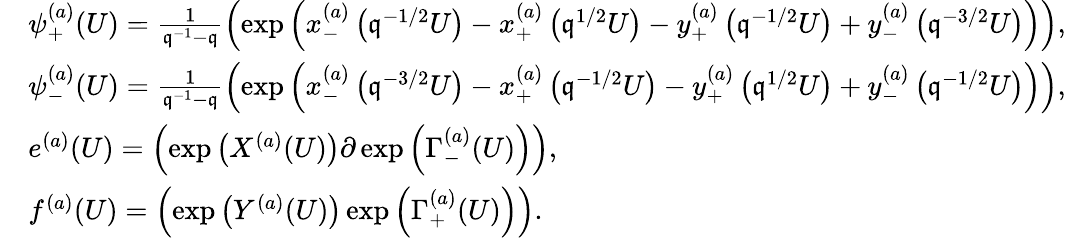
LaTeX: \begin{array}{rl}&{\psi_{+}^{(a)}(U)=\frac{1}{\mathfrak{q}^{-1}-\mathfrak{q}}\left(\exp\left(x_{-}^{(a)}\left(\mathfrak{q}^{-1/2}U\right)-x_{+}^{(a)}\left(\mathfrak{q}^{1/2}U\right)-y_{+}^{(a)}\left(\mathfrak{q}^{-1/2}U\right)+y_{-}^{(a)}\left(\mathfrak{q}^{-3/2}U\right)\right)\right),}\\ &{\psi_{-}^{(a)}(U)=\frac{1}{\mathfrak{q}^{-1}-\mathfrak{q}}\left(\exp\left(x_{-}^{(a)}\left(\mathfrak{q}^{-3/2}U\right)-x_{+}^{(a)}\left(\mathfrak{q}^{-1/2}U\right)-y_{+}^{(a)}\left(\mathfrak{q}^{1/2}U\right)+y_{-}^{(a)}\left(\mathfrak{q}^{-1/2}U\right)\right)\right),}\\ &{e^{(a)}(U)=\left(\exp\left(X^{(a)}(U)\right)\partial\exp\left(\Gamma_{-}^{(a)}(U)\right)\right),}\\ &{f^{(a)}(U)=\left(\exp\left(Y^{(a)}(U)\right)\exp\left(\Gamma_{+}^{(a)}(U)\right)\right).}\end{array}